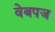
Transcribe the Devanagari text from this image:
वेबपज